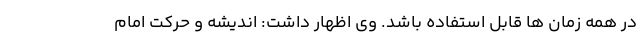
در همه زمان ها قابل استفاده باشد. وی اظهار داشت: ‌اندیشه و حرکت امام